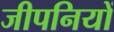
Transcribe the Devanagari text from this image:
जीपनियों